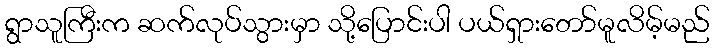
ရွာသူကြီးက ဆက်လုပ်သွားမှာ သို့ပြောင်းပါ ပယ်ရှားတော်မူလိမ့်မည်